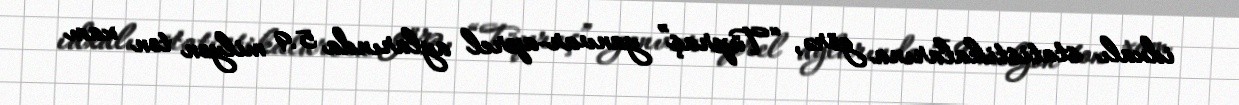
idxalı statistikalarına görə, “Tüpraş” yanvar-aprel aylarında 5.9 milyon ton xam